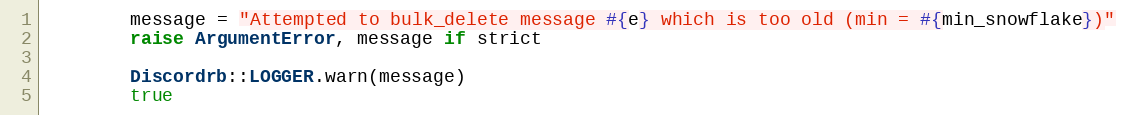
Language: Ruby
        message = "Attempted to bulk_delete message #{e} which is too old (min = #{min_snowflake})"
        raise ArgumentError, message if strict

        Discordrb::LOGGER.warn(message)
        true